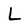
Character: L